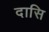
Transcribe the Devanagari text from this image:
दासि